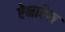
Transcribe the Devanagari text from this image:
ऐनाटेस